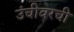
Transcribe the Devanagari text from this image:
उंचीवरची